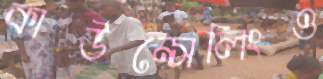
কাউন্সেলিংও